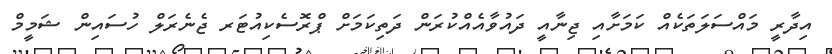
އިދާރީ މައްސަލަތަކެއް ކަމަށާއި ޖިނާއީ ދައުވާއެއްކުރަން ދަތިކަމަށް ޕްރޮސެކިއުޓަރ ޖެނެރަލް ހުސައިން ޝަމީމް